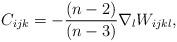
LaTeX: \begin{align*} \displaystyle{C_{ijk}=-\frac{(n-2)}{(n-3)}\nabla_{l}W_{ijkl},}\end{align*}